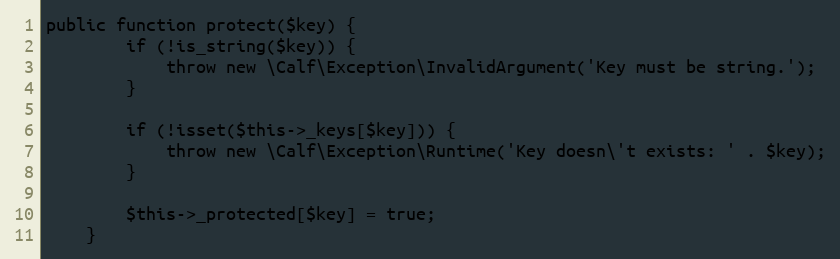
Language: PHP
public function protect($key) {
        if (!is_string($key)) {
            throw new \Calf\Exception\InvalidArgument('Key must be string.');
        }

        if (!isset($this->_keys[$key])) {
            throw new \Calf\Exception\Runtime('Key doesn\'t exists: ' . $key);
        }

        $this->_protected[$key] = true;
    }